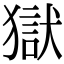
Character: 獄